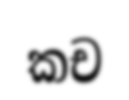
කච